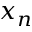
x _ { n }